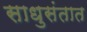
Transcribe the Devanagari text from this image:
साधुसंतात